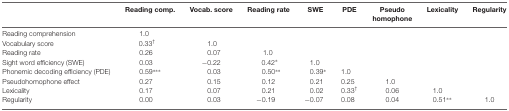
<table><thead><tr><td></td><td><b>Reading comp.</b></td><td><b>Vocab. score</b></td><td><b>Reading rate</b></td><td><b>SWE</b></td><td><b>PDE</b></td><td><b>Pseudo homophone</b></td><td><b>Lexicality</b></td><td><b>Regularity</b></td></tr></thead><tbody><tr><td>Reading comprehension</td><td>1.0</td><td></td><td></td><td></td><td></td><td></td><td></td><td></td></tr><tr><td>Vocabulary score</td><td>0.33<sup>†</sup></td><td>1.0</td><td></td><td></td><td></td><td></td><td></td><td></td></tr><tr><td>Reading rate</td><td>0.26</td><td>0.07</td><td>1.0</td><td></td><td></td><td></td><td></td><td></td></tr><tr><td>Sight word efficiency (SWE)</td><td>0.03</td><td>−0.22</td><td>0.42*</td><td>1.0</td><td></td><td></td><td></td><td></td></tr><tr><td>Phonemic decoding efficiency (PDE)</td><td>0.59***</td><td>0.03</td><td>0.50**</td><td>0.39*</td><td>1.0</td><td></td><td></td><td></td></tr><tr><td>Pseudohomophone effect</td><td>0.27</td><td>0.15</td><td>0.12</td><td>0.21</td><td>0.25</td><td>1.0</td><td></td><td></td></tr><tr><td>Lexicality</td><td>0.17</td><td>0.07</td><td>0.21</td><td>0.02</td><td>0.33<sup>†</sup></td><td>0.06</td><td>1.0</td><td></td></tr><tr><td>Regularity</td><td>0.00</td><td>0.03</td><td>−0.19</td><td>−0.07</td><td>0.08</td><td>0.04</td><td>0.51**</td><td>1.0</td></tr></tbody></table>